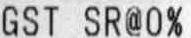
GST SR@0%